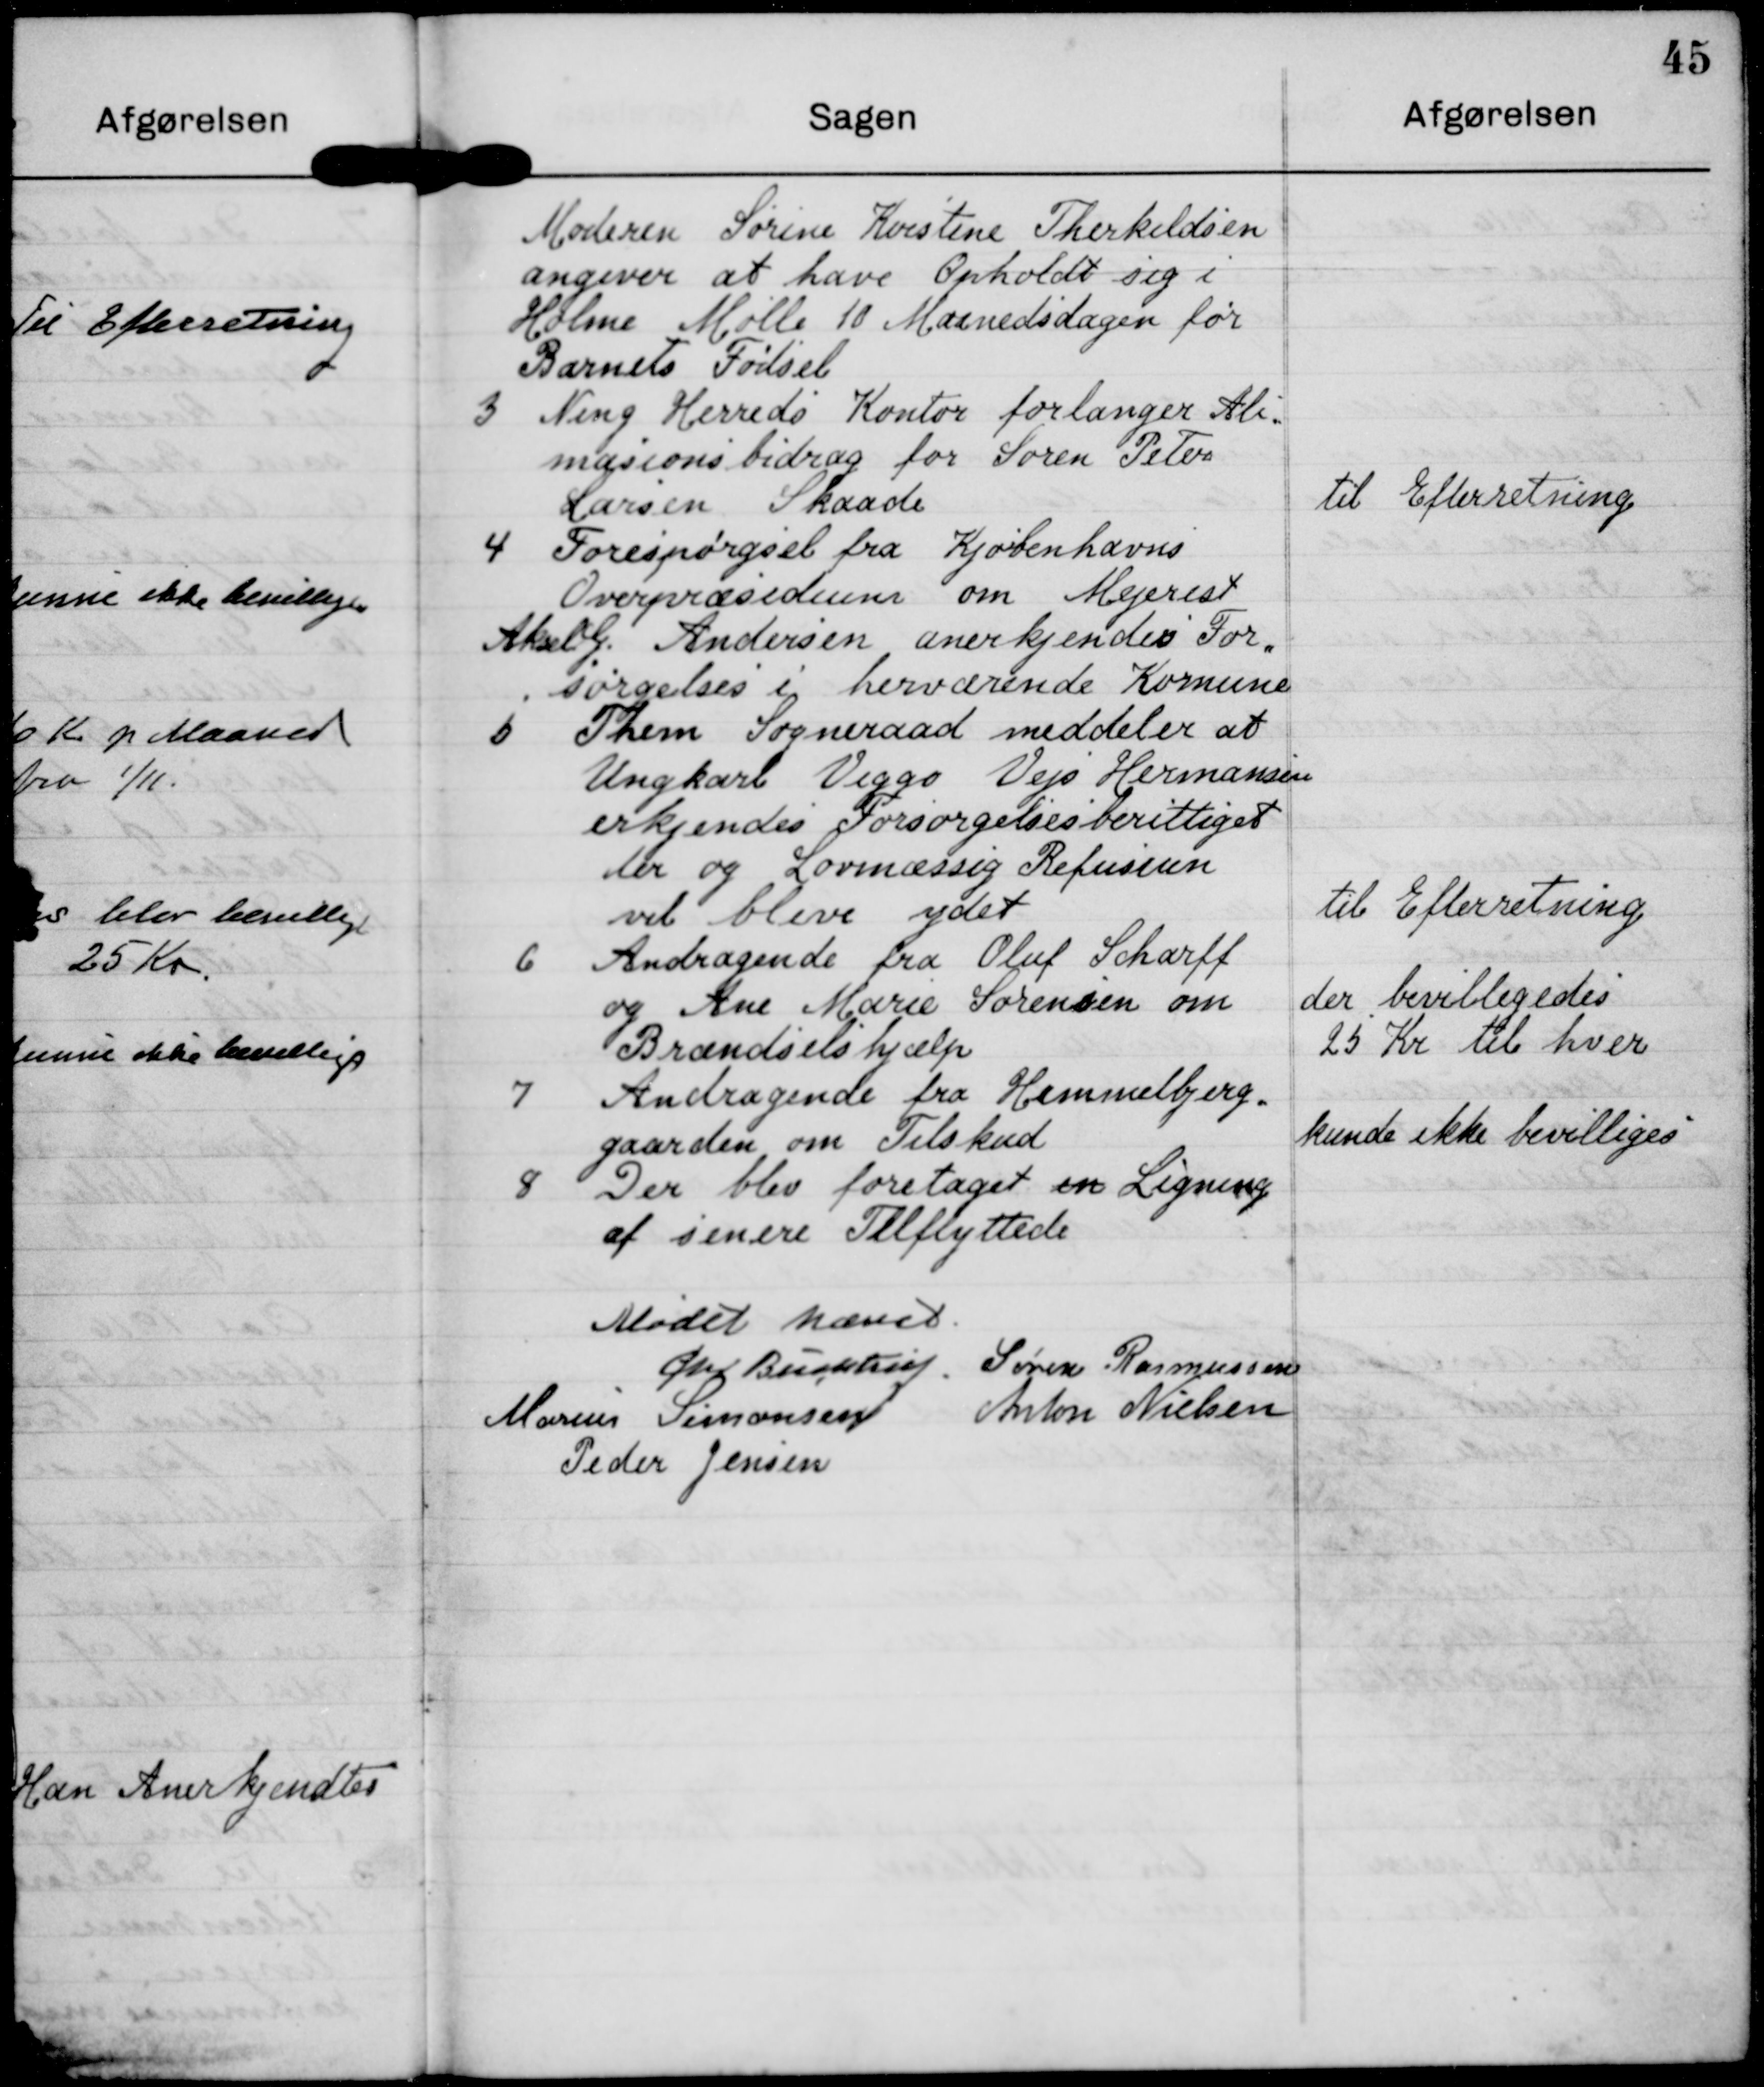
Transskription:
Moderen Sørine Korstine Therkeldsen
angiver at have Opholdt sig i
Holme Mølle 10 Maanedsdagen for
Barnets Fødsel

3 Ning Herreds Kontor forlanger Ali-
masionsbidrag for Søren Peterrs
Larsen Skaade

til Efterretning

4 Forespørgsel fra Kjøbenhavns
Ovepræsidinn om Mejerist
Akely Andersen anerkjendes For-
sørgelses ig herværende Komune

Fhem Sogneraad meddeler at
Ungkarl Viggo Vejs Hermansen
erkjendes Forsørgelsesberettiget
ler og Lovmæssig Refusion
vil blive ydet

til Efterretning

6 Andragende fra Oluf Schorff
og Ane Marie Sørensen om
Brændselshjælp

der bevilligedes
25 Kr til hver

7 Andragende fra Hemmelbjerg.
gaarden om Tilskud

kunde ikke bevilliges

8 Der blev foretaget en Ligning
at senere Tilflyttede

Mødet hævet

Glet Bessktu

Søren Rasmussen

Marius Simonsen

Anton Nielsen

Peder Jensen

45